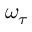
\omega _ { \tau }